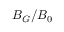
B _ { G } / B _ { 0 }